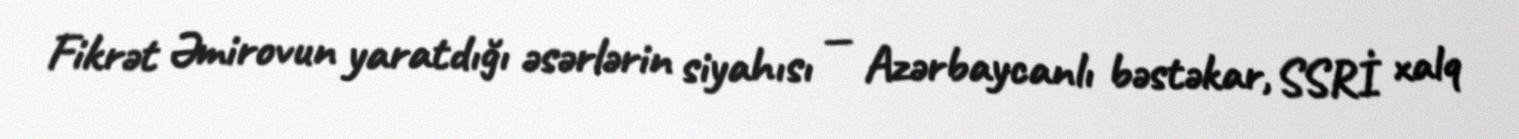
Fikrət Əmirovun yaratdığı əsərlərin siyahısı — Azərbaycanlı bəstəkar, SSRİ xalq